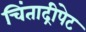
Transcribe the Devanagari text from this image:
चिंताद्रीपेट